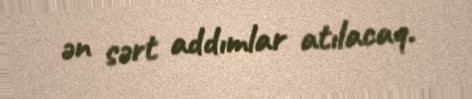
ən sərt addımlar atılacaq.